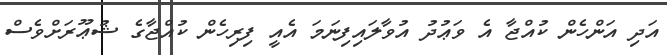
އަދި އަންހެން ކުއްޖާ އެ ވަޢުދު އުވާލައިފިނަމަ އެއީ ފިރިހެން ކުއްޖާގެ ޝުޢޫރަށްވެސް